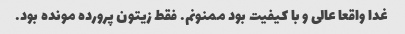
غدا واقعا عالی و با کیفیت بود ممنونم. فقط زیتون پرورده مونده بود.